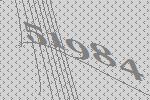
51984